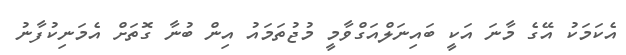
އެކަމަކު އޭގެ މާނަ އަކީ ބައިނަލްއަގްވާމީ މުޖުތަމައު އިން ބުނާ ގޮތަށް އެމަނިކުފާނު